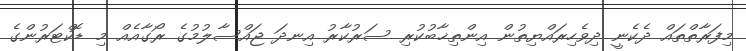
މިފަރާތްތައް ދެކެނީ ދިވެހިރައްޔިތުން އިންތިޚާބުކުރި ސަރުކާރު އިނދަ ޖައްސާލުމުގެ ރޯގާއެއް މި ޑޮކްޓަރުންގެ